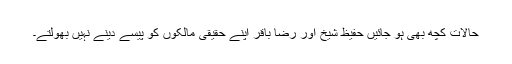
حالات کچھ بھی ہو جائیں حفیظ شیخ اور رضا باقر اپنے حقیقی مالکوں کو پیسے دینے نہیں بھولتے۔